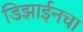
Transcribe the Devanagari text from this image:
डिझाईनचा